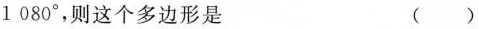
1 080°，则这个多边形是 ( )